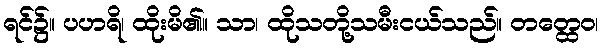
ရင်၌။ ပဟရိ၊ ထိုးမိ၏။ သာ၊ ထိုသတို့သမီးငယ်သည်။ တတ္ထေဝ၊